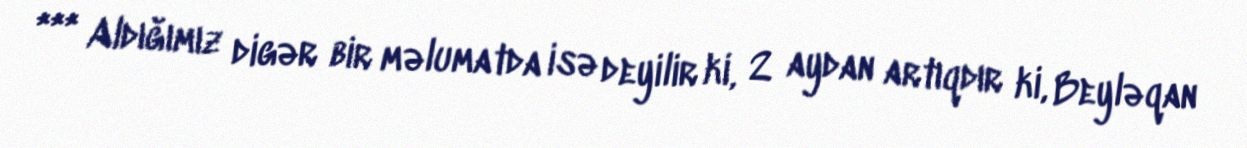
*** Aldığımız digər bir məlumatda isə deyilir ki, 2 aydan artıqdır ki, Beyləqan